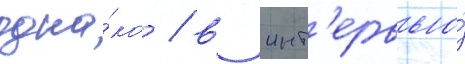
одна́ко / в инт'ервью́